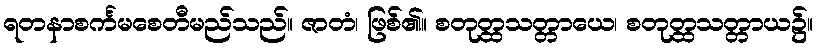
ရတနာစင်္ကမစေတီမည်သည်။ ဇာတံ၊ ဖြစ်၏။ စတုတ္ထသတ္တာယေ၊ စတုတ္ထသတ္တာယ၌။